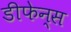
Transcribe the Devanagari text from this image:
डीफेन्स